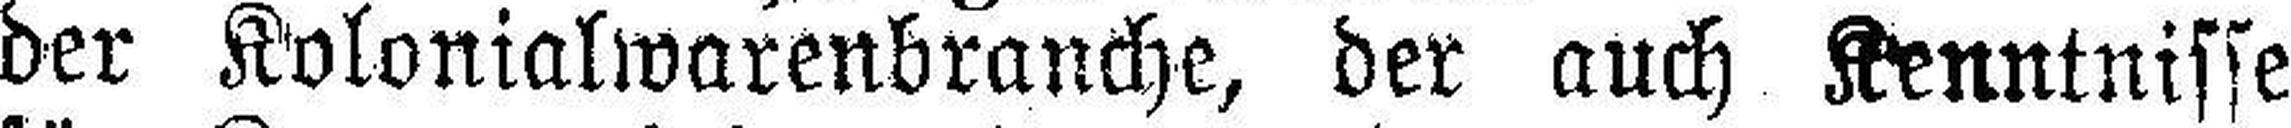
der Kolonialwarenbranche, der auch Kenntnisse